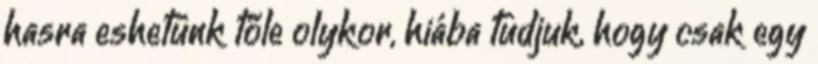
hasra eshetünk tőle olykor, hiába tudjuk, hogy csak egy